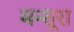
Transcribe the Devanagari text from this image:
मन्सूरा